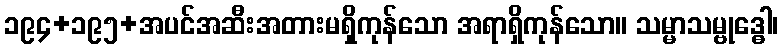
၁၉၄+၁၉၅+အပင်အဆီးအတားမရှိကုန်သော အရာရှိကုန်သော။ သမ္မာသမ္ဗုဒ္ဓေါ၊